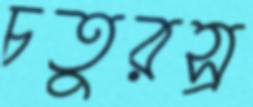
চতুরস্র